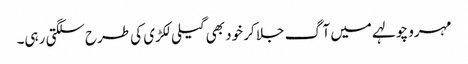
مہرو چولہے میں آگ جلا کر خود بھی گیلی لکڑی کی طرح سلگتی رہی۔